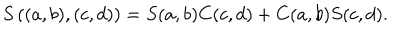
S \left( ( a , b ) , ( c , d ) \right) = S ( a , b ) C ( c , d ) + C ( a , b ) S ( c , d ) .